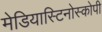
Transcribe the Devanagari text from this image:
मेडियास्टिनोस्कोपी